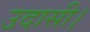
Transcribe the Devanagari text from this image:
उदासी।